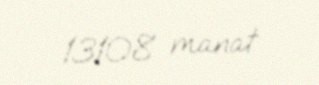
13108 manat